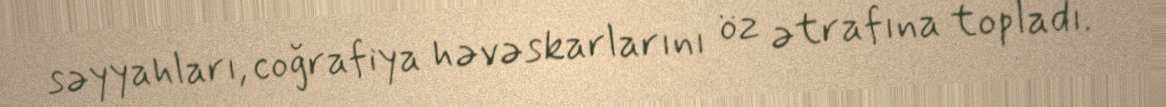
səyyahları, coğrafiya həvəskarlarını öz ətrafına topladı.